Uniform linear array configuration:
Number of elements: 32
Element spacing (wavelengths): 0.25
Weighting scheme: kaiser
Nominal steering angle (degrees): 45
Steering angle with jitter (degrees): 46.398
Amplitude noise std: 0.05
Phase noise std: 0.05

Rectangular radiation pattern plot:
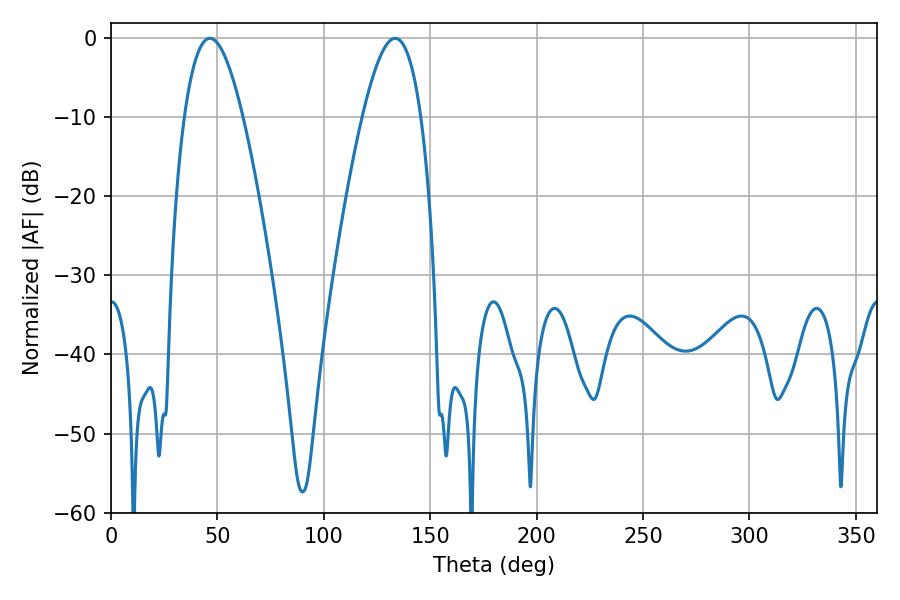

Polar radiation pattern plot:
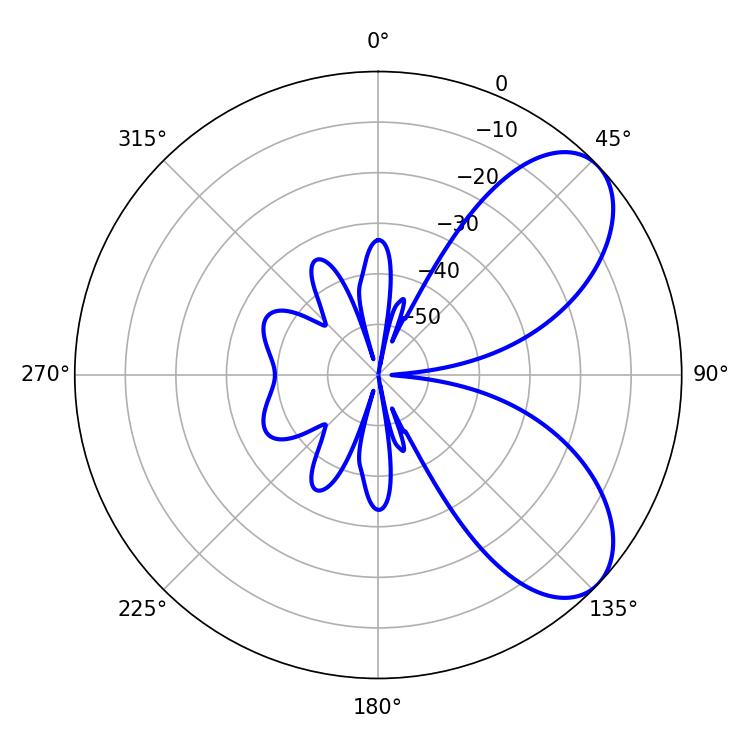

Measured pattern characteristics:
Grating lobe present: FALSE
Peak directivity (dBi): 6.845
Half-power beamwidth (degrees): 15.12
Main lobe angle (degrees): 46.44